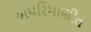
અપરિમાણીત